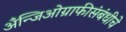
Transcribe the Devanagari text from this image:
अँन्जिओग्राफीसंबंधीचे